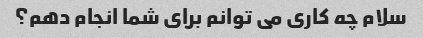
سلام چه کاری می توانم برای شما انجام دهم؟